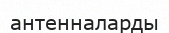
антенналарды